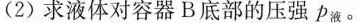
(2)求液体对容器B底部的压强P_{液}。